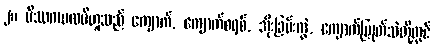
၂။ မိဿကပထဝီဟူသည် ကျောက်, ကျောက်စရစ်, အိုးခြမ်းကွဲ, ကျောက်ပြုတ်သဲတို့တွင်